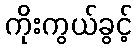
ကိုးကွယ်ခွင့်